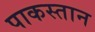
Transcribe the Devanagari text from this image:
पाकस्तान